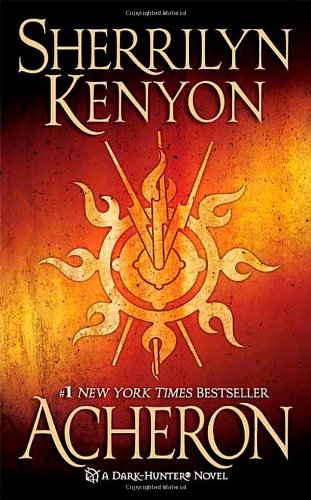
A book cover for Acheron (Dark-Hunter, Book 12); Sherrilyn Kenyon; Romance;